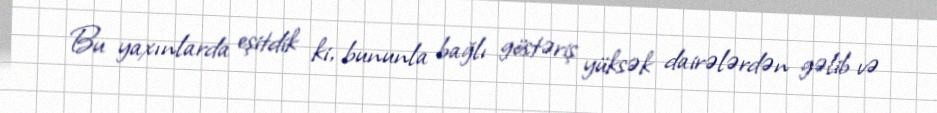
Bu yaxınlarda eşitdik ki, bununla bağlı göstəriş yüksək dairələrdən gəlib və